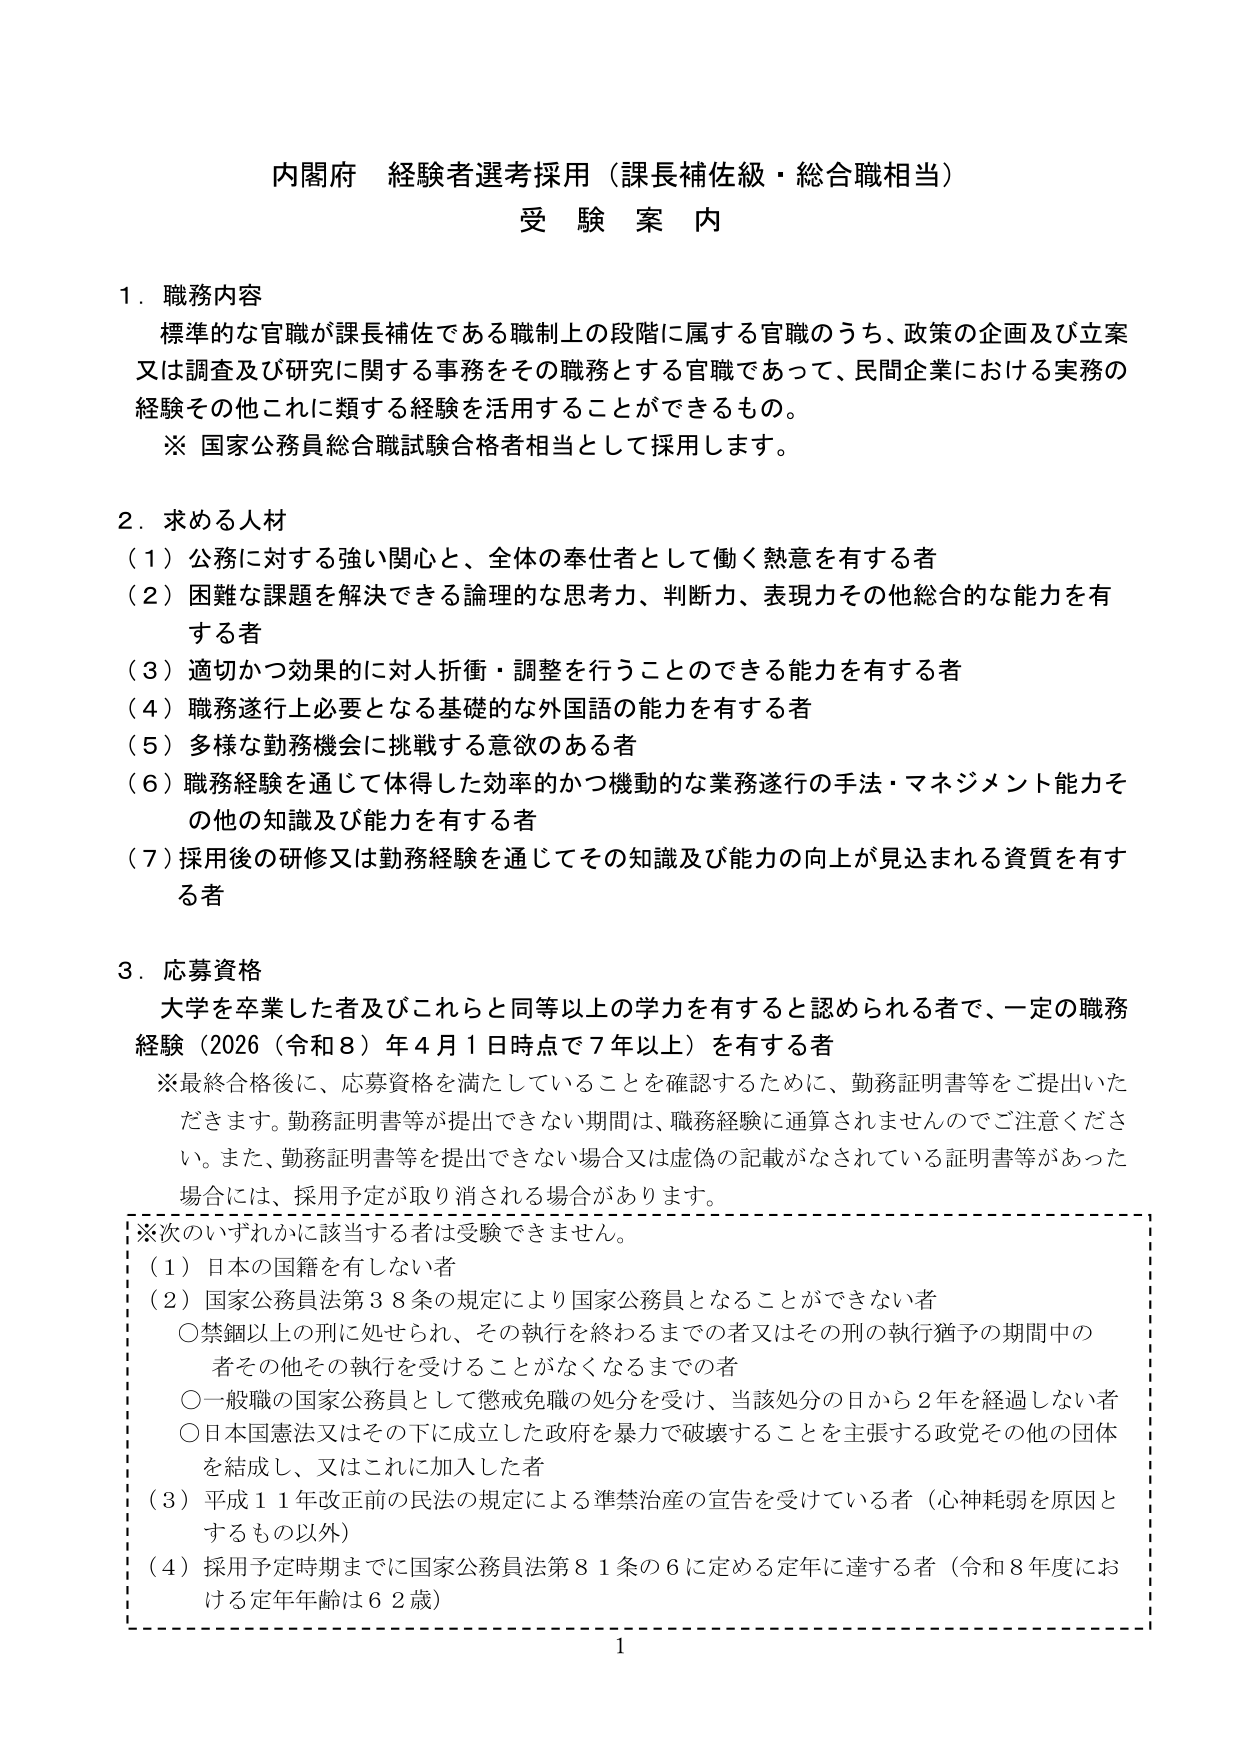
内閣府 経験者選考採用（課長補佐級・総合職相当）
受験案内

1．職務内容
標準的な官職が課長補佐である職制上の段階に属する官職のうち、政策の企画及び立案
又は調査及び研究に関する事務をその職務とする官職であって、民間企業における実務の
経験その他これに類する経験を活用することができるもの。
※ 国家公務員総合職試験合格者相当として採用します。

2．求める人材
（1）公務に対する強い関心と、全体の奉仕者として働く熱意を有する者
（2）困難な課題を解決できる論理的な思考力、判断力、表現力その他総合的な能力を有
する者
（3）適切かつ効果的に対人折衝・調整を行うことのできる能力を有する者
（4）職務遂行上必要となる基礎的な外国語の能力を有する者
（5）多様な勤務機会に挑戦する意欲のある者
（6）職務経験を通じて体得した効率的かつ機動的な業務遂行の手法・マネジメント能力そ
の他の知識及び能力を有する者
（7）採用後の研修又は勤務経験を通じてその知識及び能力の向上が見込まれる資質を有す
る者

3．応募資格
大学を卒業した者及びこれらと同等以上の学力を有すると認められる者で、一定の職務
経験（2026（令和8）年4月1日時点で7年以上）を有する者
※最終合格後に、応募資格を満たしていることを確認するために、勤務証明書等をご提出いた
だきます。勤務証明書等が提出できない期間は、職務経験に通算されませんのでご注意くださ
い。また、勤務証明書等を提出できない場合又は虚偽の記載がなされている証明書等があった
場合には、採用予定が取り消される場合があります。
※次のいずれかに該当する者は受験できません。
（1）日本の国籍を有しない者
（2）国家公務員法第38条の規定により国家公務員となることができない者
　○禁錮以上の刑に処せられ、その執行を終わるまでの者又はその刑の執行猶予の期間中の
　者その他その執行を受けることがなくなるまでの者
　○一般職の国家公務員として懲戒免職の処分を受け、当該処分の日から2年を経過しない者
　○日本国憲法又はその下に成立した政府を暴力で破壊することを主張する政党その他の団体
　を結成し、又はこれに加入した者
（3）平成11年改正前の民法の規定による準禁治産の宣告を受けている者（心神耗弱を原因と
　するもの以外）
（4）採用予定時期までに国家公務員法第81条の6に定める定年に達する者（令和8年度にお
　ける定年年齢は62歳）

1